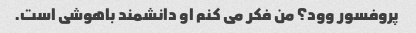
پروفسور وود؟ من فکر می کنم او دانشمند باهوشی است.